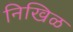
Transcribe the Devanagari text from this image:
निखिळ